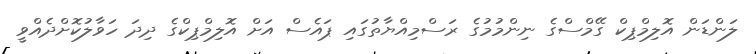
ލަންޑަން އޮލިމްޕިކް ގޭމްސްގެ ނިންމުމުގެ ރަސްމިއްޔާތުގައި ޕައެސް އަށް އޮލިމްޕިކްގެ ދިދަ ހަވާލުކޮށްދެއްވީ